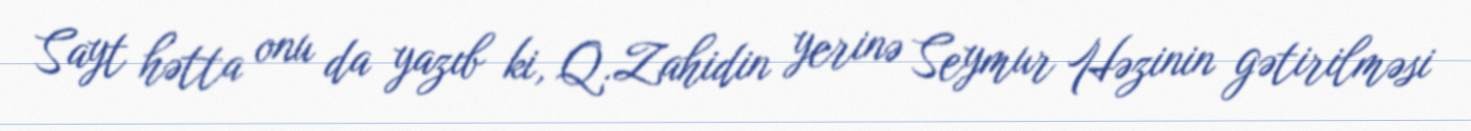
Sayt hətta onu da yazıb ki, Q.Zahidin yerinə Seymur Həzinin gətirilməsi